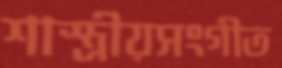
শাস্ত্রীয়সংগীত